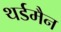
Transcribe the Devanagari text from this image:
थर्डमैन